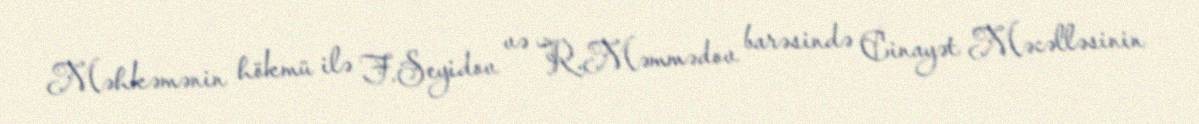
Məhkəmənin hökmü ilə F.Seyidov və R.Məmmədov barəsində Cinayət Məcəlləsinin